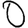
Digit: 0